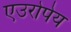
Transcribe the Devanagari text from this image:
एउरोपेय